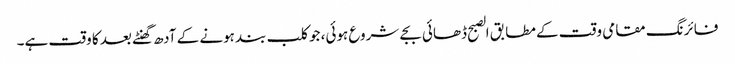
فائرنگ مقامی وقت کے مطابق الصبح ڈھائی بجے شروع ہوئی، جو کلب بند ہونے کے آدھ گھنٹے بعد کا وقت ہے۔